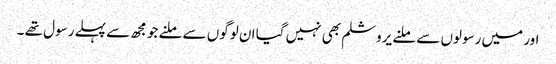
اور میں رسولوں سے ملنے یروشلم بھی نہیں گیا ان لوگوں سے ملنے جو مجھ سے پہلے رسول تھے ۔